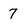
Character: 7